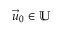
\vec { u } _ { 0 } \in \mathbb { U }